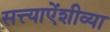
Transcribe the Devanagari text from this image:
सत्त्याऐंशीव्या